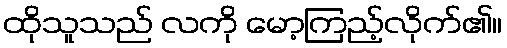
ထိုသူသည် လကို မော့ကြည့်လိုက်၏။